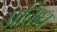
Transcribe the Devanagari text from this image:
प्रतिब्ध